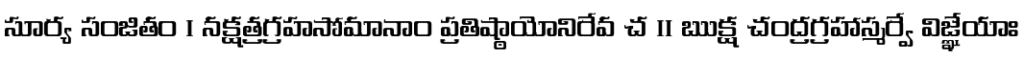
సూర్య సంజితం । నక్షత్రగ్రహసోమానాం ప్రతిష్ఠాయోనిరేవ చ ॥ ఋక్ష చంద్రగ్రహాస్మర్వే విజ్ఞేయాః